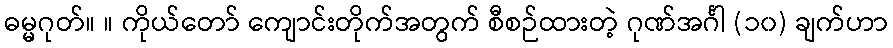
ဓမ္မဂုတ်။ ။ ကိုယ်တော် ကျောင်းတိုက်အတွက် စီစဉ်ထားတဲ့ ဂုဏ်အင်္ဂါ (၁၀) ချက်ဟာ